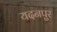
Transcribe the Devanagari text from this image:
यदनपुर